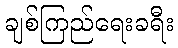
ချစ်ကြည်ရေးခရီး